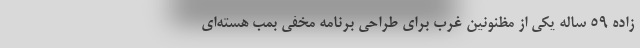
زاده 59 ساله یکی از مظنونین غرب برای طراحی برنامه مخفی بمب هسته‌ای